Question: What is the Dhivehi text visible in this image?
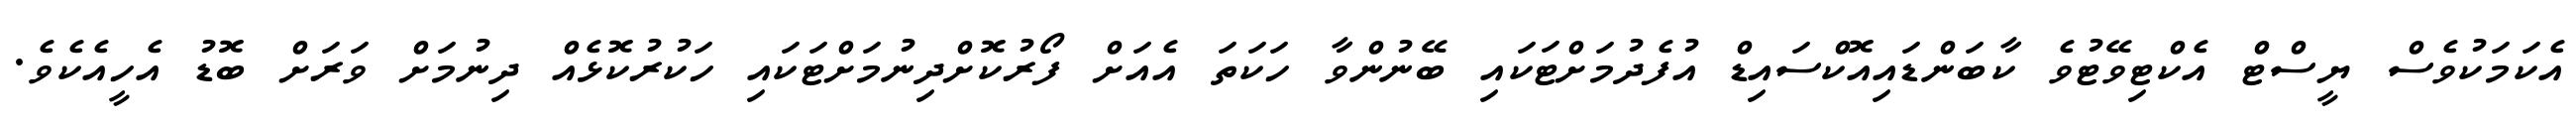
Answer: އެކަމަކުވެސް ޔީސްޓް އެކްޓިވޭޓުވެ ކާބަންޑައިއޮކްސައިޑް އުފެދުމަށްޓަކައި ބޭނުންވާ ހަކަތަ އެއަށް ފޯރުކޮށްދިނުމަށްޓަކައި ހަކުރުކޮޅެއް ދިނުމަށް ވަރަށް ބޮޑު އެހީއެކެވެ.